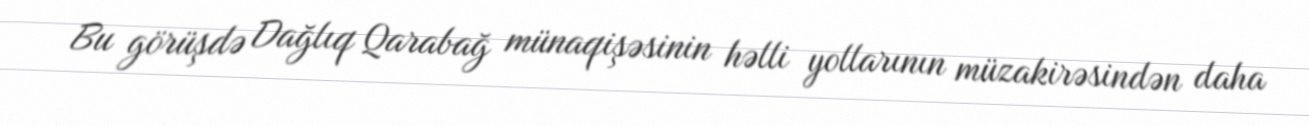
Bu görüşdə Dağlıq Qarabağ münaqişəsinin həlli yollarının müzakirəsindən daha